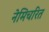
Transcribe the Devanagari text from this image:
नेमिचरित